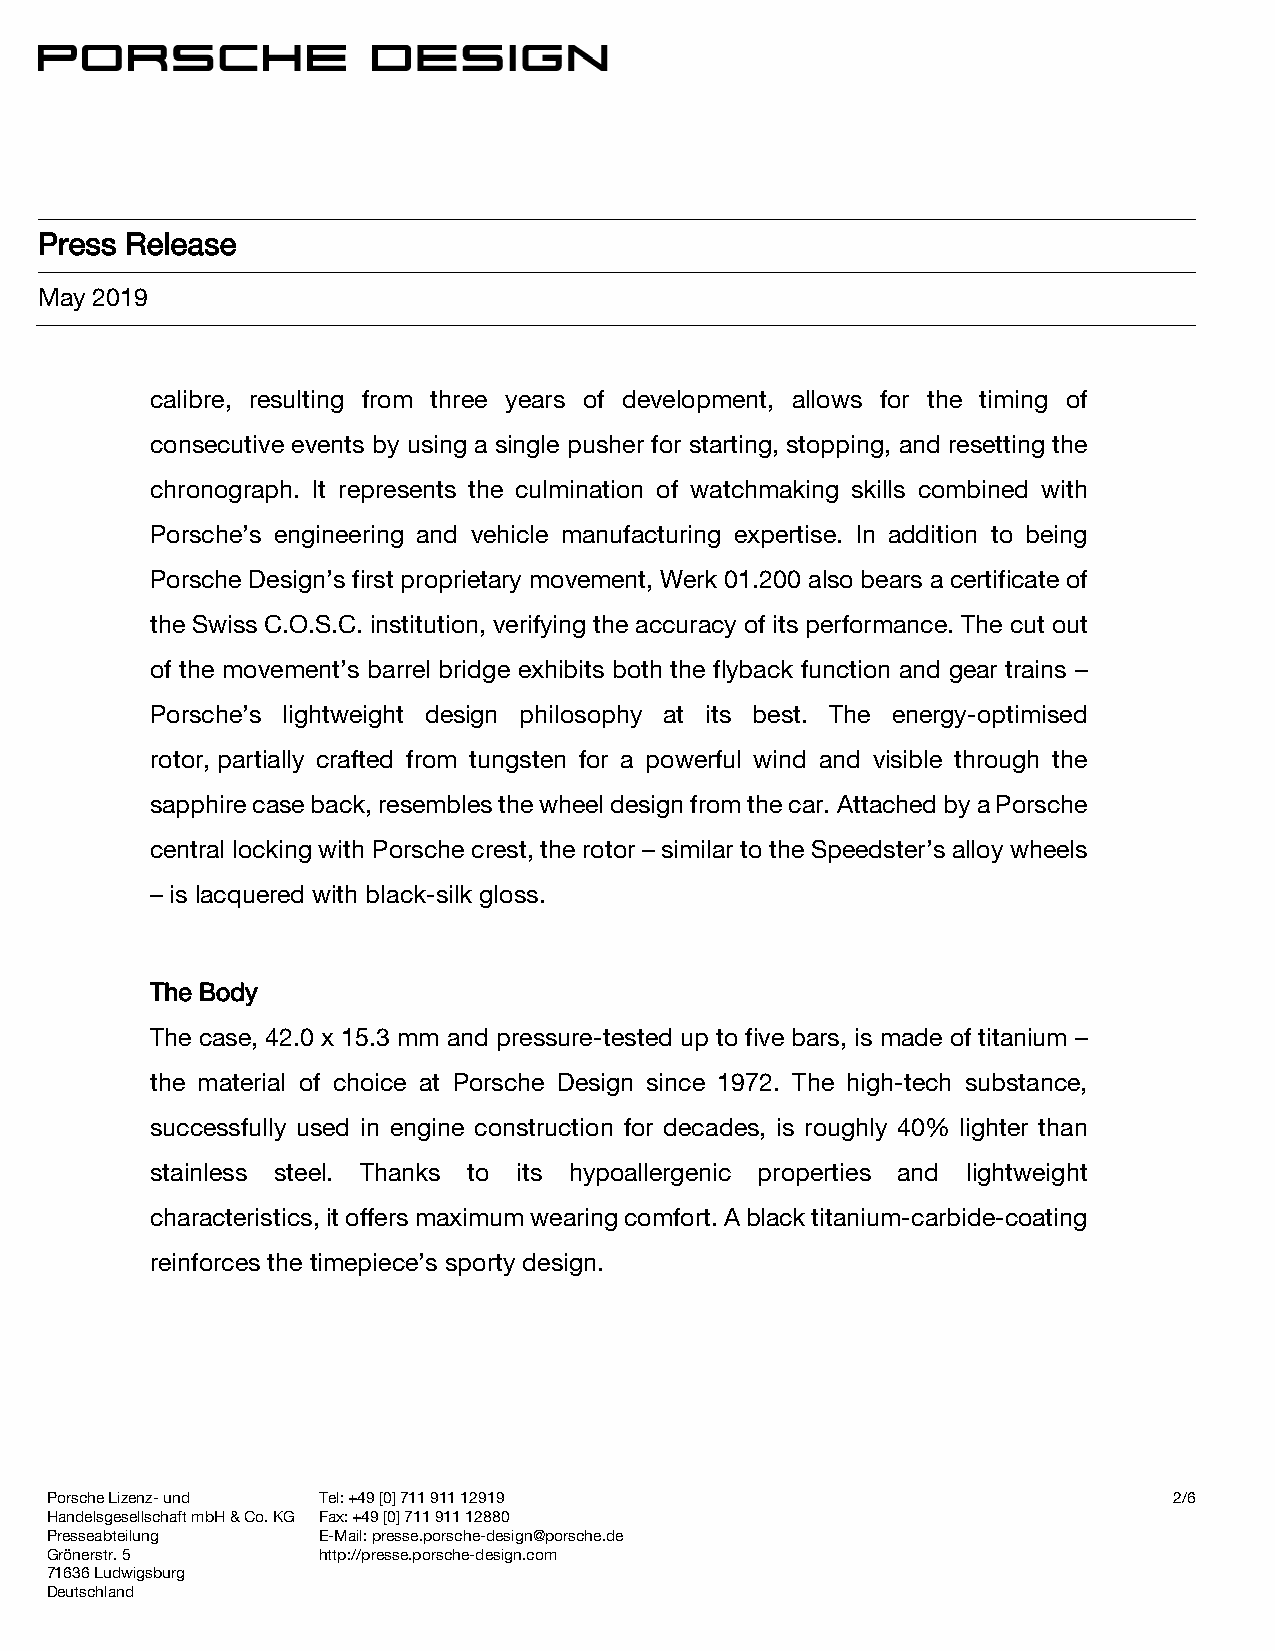
Press Release
 May 2019
 calibre, resulting from three years of development, allows for the timing of
 consecutive events by using a single pusher for starting, stopping, and resetting the
 chronograph. It represents the culmination of watchmaking skills combined with
 Porsche’s engineering and vehicle manufacturing expertise. In addition to being
 Porsche Design’s first proprietary movement, Werk 01.200 also bears a certificate of
 the Swiss C.O.S.C. institution, verifying the accuracy of its performance. The cut out
 of the movement’s barrel bridge exhibits both the flyback function and gear trains –
 Porsche’s lightweight design philosophy at its best. The energy-optimised
 rotor, partially crafted from tungsten for a powerful wind and visible through the
 sapphire case back, resembles the wheel design from the car. Attached by a Porsche
 central locking with Porsche crest, the rotor – similar to the Speedster’s alloy wheels
 – is lacquered with black-silk gloss.
 The Body
 The case, 42.0 x 15.3 mm and pressure-tested up to five bars, is made of titanium –
 the material of choice at Porsche Design since 1972. The high-tech substance,
 successfully used in engine construction for decades, is roughly 40% lighter than
 stainless steel. Thanks to its hypoallergenic properties and lightweight
 characteristics, it offers maximum wearing comfort. A black titanium-carbide-coating
 reinforces the timepiece’s sporty design.
 Porsche Lizenz- und Tel: +49 [0] 711 911 12919                             2/6
 Handelsgesellschaft mbH & Co. KG Fax: +49 [0] 711 911 12880
 Presseabteilung   E-Mail: presse.porsche-design@porsche.de
 Grönerstr. 5      http://presse.porsche-design.com
 71636 Ludwigsburg
 Deutschland